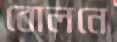
বোলনে